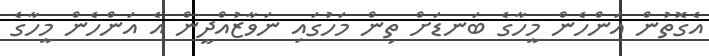
އެގޮތުން އަންހެން މީހާގެ ބަނޑަށް ތިން މަހުގައި ނަވާޒުއްދީން އެ އަންހެން މީހާގެ